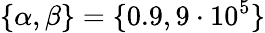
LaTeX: \{ \alpha,\beta\} =\{ 0.9,9\cdot 10^{5}\}